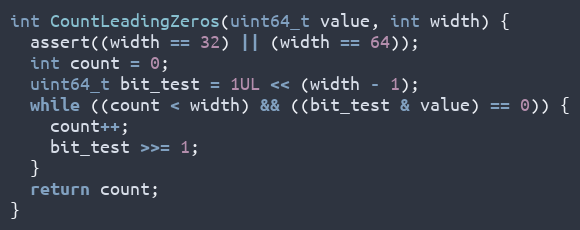
Language: C++
int CountLeadingZeros(uint64_t value, int width) {
  assert((width == 32) || (width == 64));
  int count = 0;
  uint64_t bit_test = 1UL << (width - 1);
  while ((count < width) && ((bit_test & value) == 0)) {
    count++;
    bit_test >>= 1;
  }
  return count;
}